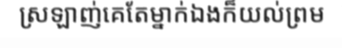
ស្រឡាញ់គេតែម្នាក់ឯងក៏យល់ព្រម